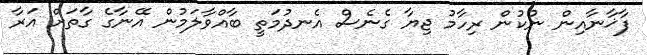
ފާޚާނާއިން ނުކުން ރިހާމު ޖިޔާ ގެނެސް އެނދުމަތީ ބާއްވާލަމުން އޭނާގެ ގާތަށް އަރާ